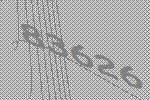
83626